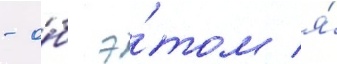
- о́б э́том я́